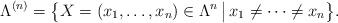
LaTeX: \begin{align*} \Lambda^{(n)}=\big\{X=(x_1,\dots, x_n)\in \Lambda^n\, \big|\, x_1\neq\cdots\neq x_n\big\}.\end{align*}